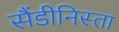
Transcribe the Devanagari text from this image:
सैंडीनिस्ता